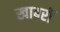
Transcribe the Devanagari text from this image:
खाबरों